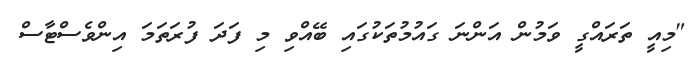
"މިއީ ތަރައްގީ ވަމުން އަންނަ ގައުމުތަކުގައި ބޭއްވި މި ފަދަ ފުރަތަމަ އިންވެސްޓާސް